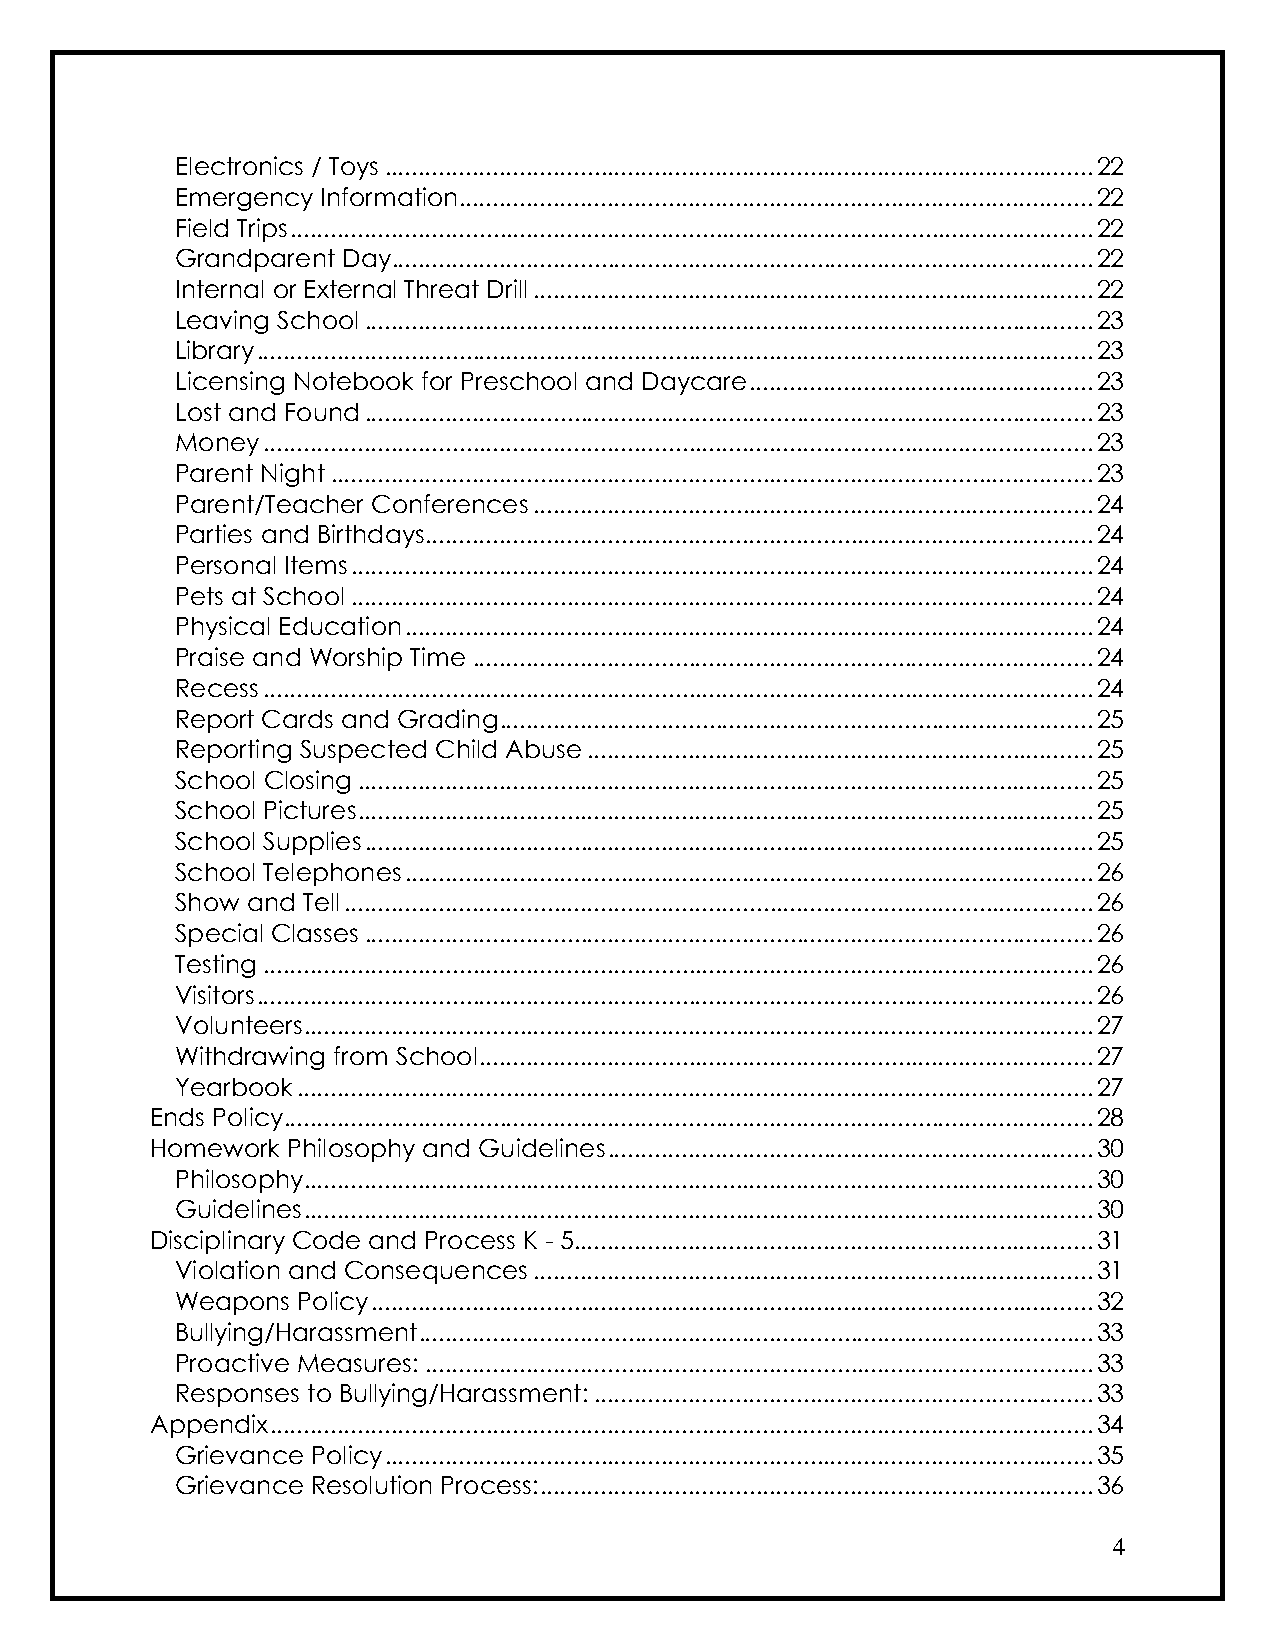
Electronics / Toys ......................................................................................................... 22
 Emergency Information .............................................................................................. 22
 Field Trips ....................................................................................................................... 22
 Grandparent Day........................................................................................................ 22
 Internal or External Threat Drill ................................................................................... 22
 Leaving School ............................................................................................................ 23
 Library ............................................................................................................................ 23
 Licensing Notebook for Preschool and Daycare ................................................... 23
 Lost and Found ............................................................................................................ 23
 Money ........................................................................................................................... 23
 Parent Night ................................................................................................................. 23
 Parent/Teacher Conferences ................................................................................... 24
 Parties and Birthdays ................................................................................................... 24
 Personal Items .............................................................................................................. 24
 Pets at School .............................................................................................................. 24
 Physical Education ...................................................................................................... 24
 Praise and Worship Time ............................................................................................ 24
 Recess ........................................................................................................................... 24
 Report Cards and Grading ........................................................................................ 25
 Reporting Suspected Child Abuse ........................................................................... 25
 School Closing ............................................................................................................. 25
 School Pictures ............................................................................................................. 25
 School Supplies ............................................................................................................ 25
 School Telephones ...................................................................................................... 26
 Show and Tell ............................................................................................................... 26
 Special Classes ............................................................................................................ 26
 Testing ........................................................................................................................... 26
 Visitors ............................................................................................................................ 26
 Volunteers ..................................................................................................................... 27
 Withdrawing from School ........................................................................................... 27
 Yearbook ...................................................................................................................... 27
 Ends Policy ........................................................................................................................ 28
 Homework Philosophy and Guidelines ........................................................................ 30
 Philosophy ..................................................................................................................... 30
 Guidelines ..................................................................................................................... 30
 Disciplinary Code and Process K - 5 ............................................................................. 31
 Violation and Consequences ................................................................................... 31
 Weapons Policy ........................................................................................................... 32
 Bullying/Harassment .................................................................................................... 33
 Proactive Measures: ................................................................................................... 33
 Responses to Bullying/Harassment: .......................................................................... 33
 Appendix .......................................................................................................................... 34
 Grievance Policy ......................................................................................................... 35
 Grievance Resolution Process: .................................................................................. 36
 4